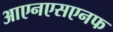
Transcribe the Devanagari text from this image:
आएनएसएनफ